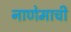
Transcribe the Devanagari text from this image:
नाणेमाची